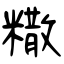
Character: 糤